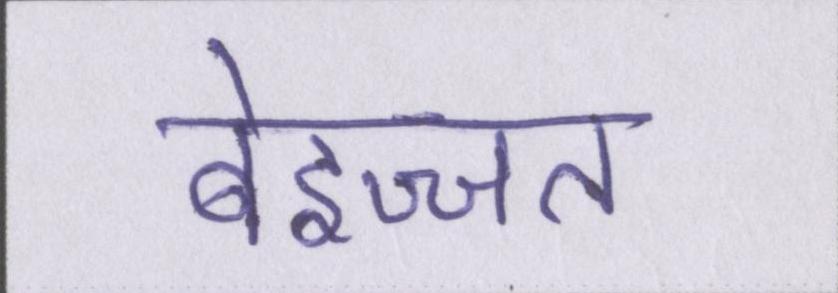
बेइज्जत